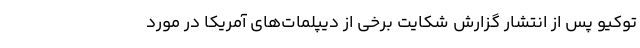
توکیو پس از انتشار گزارش‌ شکایت برخی از دیپلمات‌های آمریکا در مورد